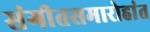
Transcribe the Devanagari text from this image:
संगीतसमारोहांत